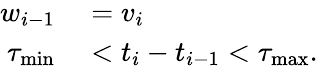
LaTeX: \begin{array}{rl}{w_{i-1}}&{{}=v_{i}}\\ {{\tau_{\operatorname*{min}}}}&{{}<t_{i}-t_{i-1}<{\tau_{\operatorname*{max}}}.}\end{array}